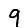
Digit: 9